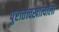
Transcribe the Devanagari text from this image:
पुरातत्त्वखात्याला